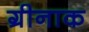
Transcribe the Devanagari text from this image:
ग्रीनाक